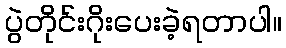
ပွဲတိုင်းဂိုးပေးခဲ့ရတာပါ။